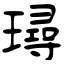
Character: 璕